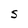
Character: S